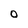
Character: o